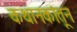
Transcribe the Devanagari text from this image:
कथानकांतून